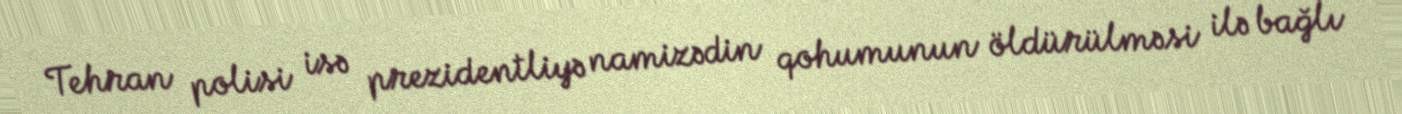
Tehran polisi isə prezidentliyə namizədin qohumunun öldürülməsi ilə bağlı